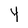
Character: 4